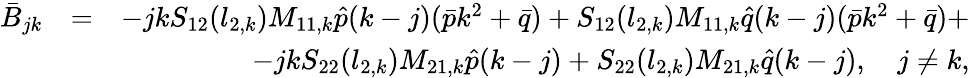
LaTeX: \begin{array}{rlr}{\bar{B}_{jk}}&{=}&{-jkS_{12}(l_{2,k})M_{11,k}\hat{p}(k-j)(\bar{p}k^{2}+\bar{q})+S_{12}(l_{2,k})M_{11,k}\hat{q}(k-j)(\bar{p}k^{2}+\bar{q})+}\\ &{}&{-jkS_{22}(l_{2,k})M_{21,k}\hat{p}(k-j)+S_{22}(l_{2,k})M_{21,k}\hat{q}(k-j),\quad j\neq k,}\end{array}